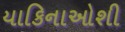
યાકિનાઓશી